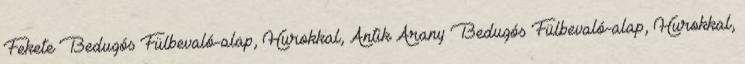
Fekete Bedugós Fülbevaló-alap, Hurokkal, Antik Arany Bedugós Fülbevaló-alap, Hurokkal,